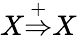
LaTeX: X{\stackrel{+}{\Rightarrow}}X